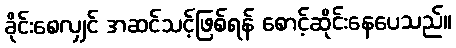
ခိုင်းစေလျှင် အဆင်သင့်ဖြစ်ရန် စောင့်ဆိုင်းနေပေသည်။